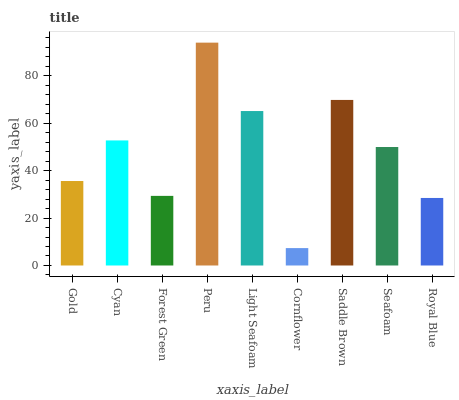
| xaxis_label | bars |
 | --- | --- |
 | Gold | 35.6 |
 | Cyan | 52.7 |
 | Forest Green | 29.3 |
 | Peru | 93.9 |
 | Light Seafoam | 65.1 |
 | Cornflower | 7.33 |
 | Saddle Brown | 69.7 |
 | Seafoam | 49.9 |
 | Royal Blue | 28.4 |